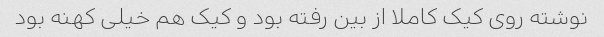
نوشته روی کیک کاملا از بین رفته بود و کیک هم خیلی کهنه بود